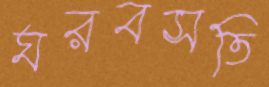
ঘরবসতি